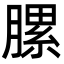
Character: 䐯